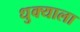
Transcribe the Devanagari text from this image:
धुक्‍याला